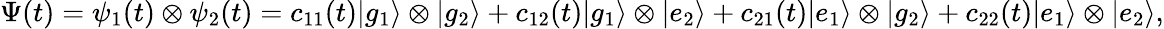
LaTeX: \Psi(t)=\psi_{1}(t)\otimes\psi_{2}(t)=c_{11}(t)|g_{1}\rangle\otimes|g_{2}\rangle+c_{12}(t)|g_{1}\rangle\otimes|e_{2}\rangle+c_{21}(t)|e_{1}\rangle\otimes|g_{2}\rangle+c_{22}(t)|e_{1}\rangle\otimes|e_{2}\rangle,